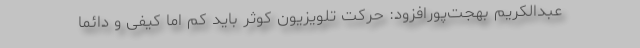
عبدالکریم بهجت‌پورافزود: حرکت تلویزیون کوثر باید کم اما کیفی و دائما